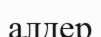
алдер